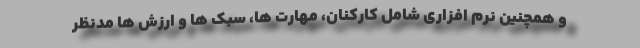
و همچنین نرم افزاری شامل کارکنان، مهارت ها، سبک ها و ارزش ها مدنظر